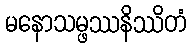
မနောသမ္ဖဿနိဿိတံ